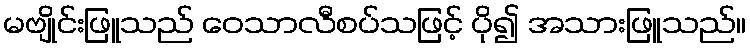
မဗျိုင်းဖြူသည် ဝေသာလီစပ်သဖြင့် ပို၍ အသားဖြူသည်။